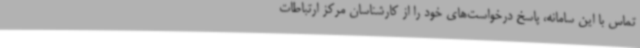
تماس با این سامانه، پاسخ درخواست‌های خود را از کارشناسان مرکز ارتباطات